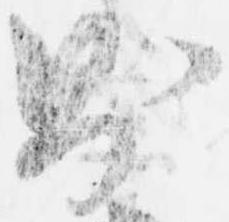
則